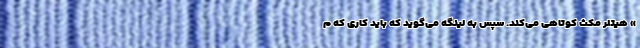
» هیتلر مکث کوتاهی می‌کند. سپس به لینگه می‌گوید که باید کاری که م